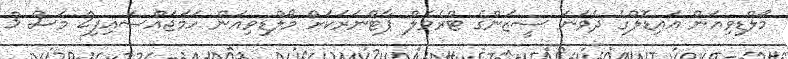
މޯލްޑިވިއަން އައިޑޮލްގެ ދެވަނަ ސީޒަންގެ ޓްރެވެލް ޕާޓްނަރަކަށް މޯލްޑިވިއަން ހަމަޖައްސައިފި2 މަސް 3